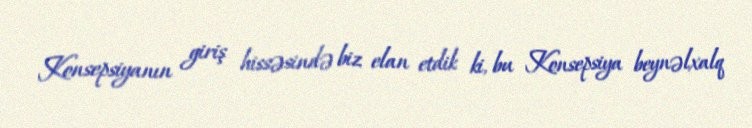
Konsepsiyanın giriş hissəsində biz elan etdik ki, bu Konsepsiya beynəlxalq